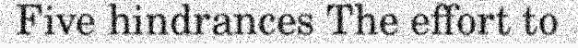
Five hindrances The effort to